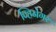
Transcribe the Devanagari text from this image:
व्हिनेगर